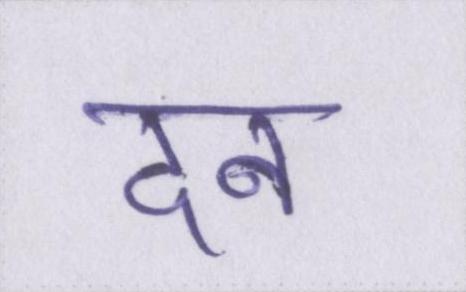
दन